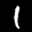
Digit: 1